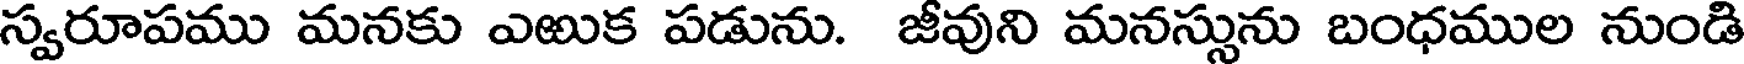
స్వరూపము మనకు ఎఱుక పడును. జీవుని మనస్సును బంధముల నుండి